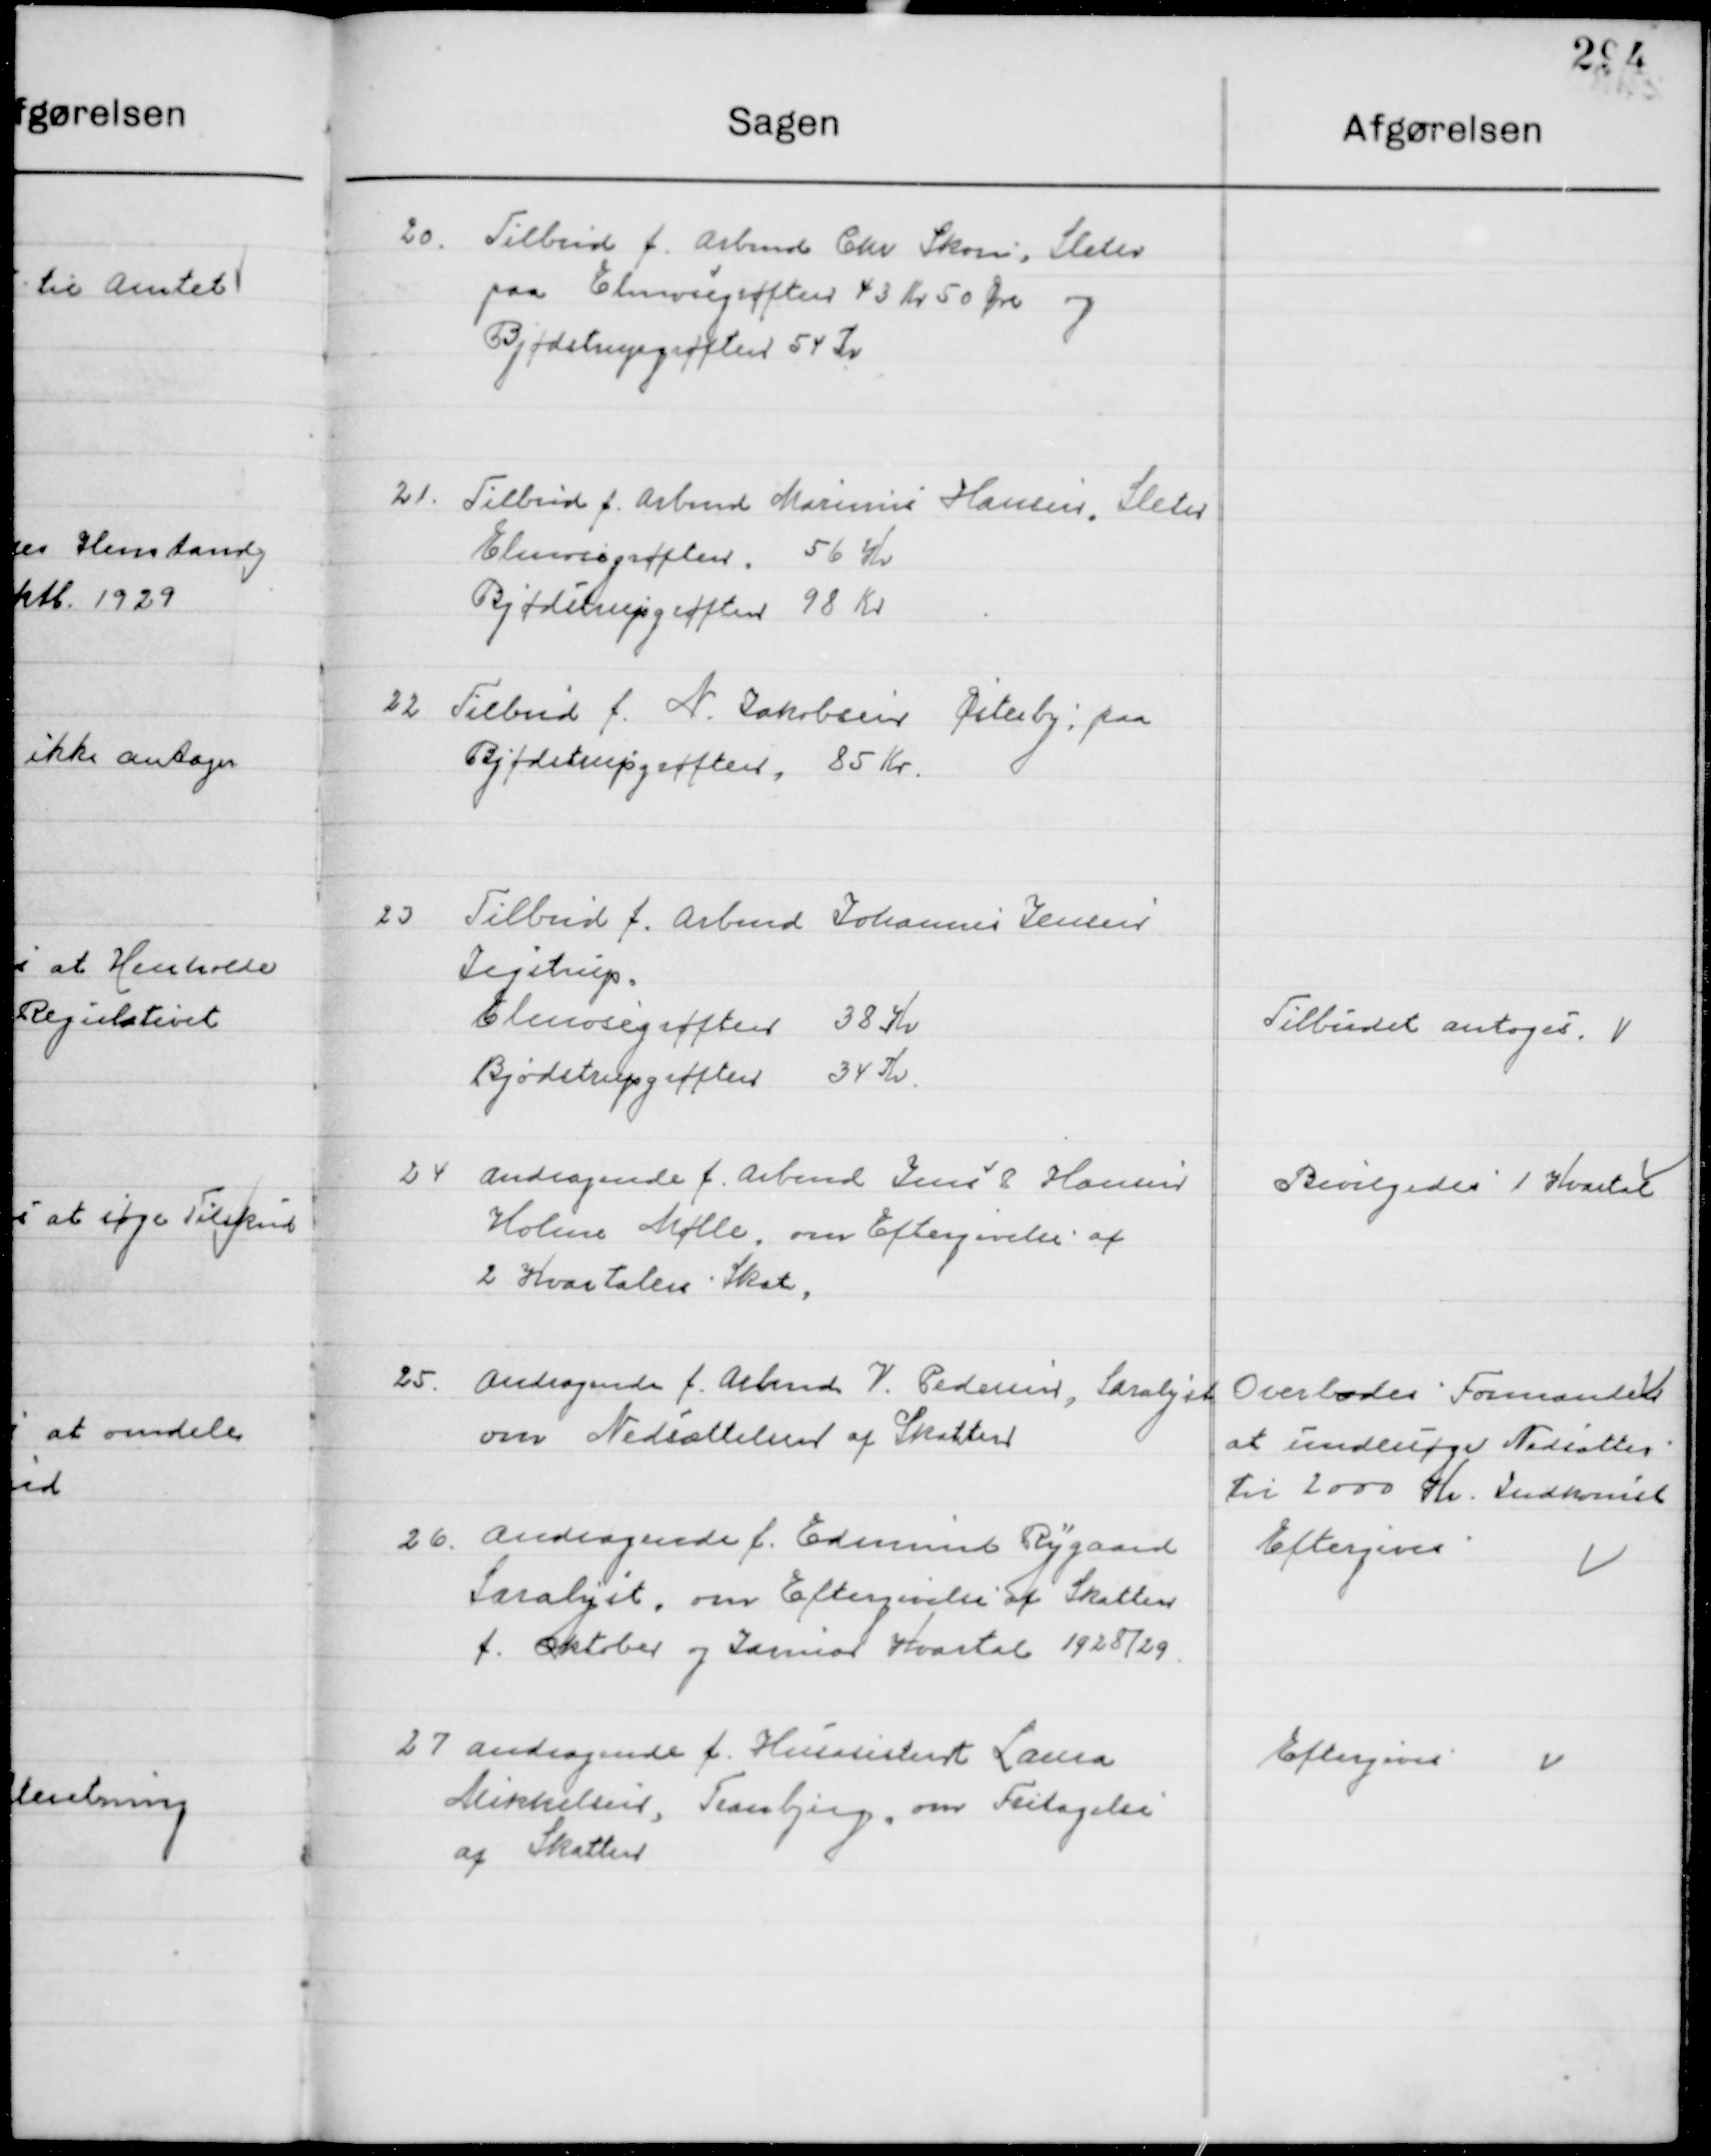
Transskription:
20

Tilbud f. Arbmd. Chr. Skov Sletes 
paa Elmevej grøften 43 Kr. 50 Øre og
Bjødstrup grøften 54 Kr.

21

Tilbud f. Arbmd. Marinus Hansen Sletes 
Elmevej grøften 56 Kr.
Bjødstrup grøften 98 Kr.

22

Tilbud f. N. Jakobsen Østerby paa
Bjødstrup grøften 85 Kr.

23

Tilbud f. Arbmd. Johannes Jensen
Jegstrup.
Elmevej grøften 38 Kr.
Bjødstrup grøften 34 Kr.

Tilbudet antoges.

24

Andragende f. Arbmd. Jens  Hansen
Holme Mølle. om Eftergivelse af 
2 Kvartalers Skat.

Bevilgedes 1 Kvartal

25

Andragende f. Arbmd. V. Pedersen, Saralyst
om Nedsættelser af Skatten

Overlodes Formanden
at undersøge Nedsættes
til 2000 Kr. Indkomst

26

Andragende f. Edmund Rygaard
Saralyst, om Eftergivelse af Skatten
f. Oktober og Januar Kvartal 1928/29

Eftergives

27

Andragende f. Husassistent Laura 
Mikkelsen, Tranbjerg, om Fritagelse
af Skatten

Eftergives